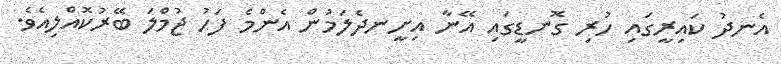
އެނދު ކައިރީގައި ހުރި ގޮނޑީގައި އޭނާ އިށީނދެލަމުން އެންމެ ފަހު ޖުމްލަ ބޭރުކޮއްލިއެވެ.